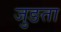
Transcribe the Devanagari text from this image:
जुङता